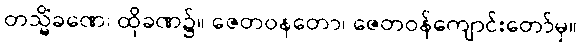
တသ္မိံခဏေ၊ ထိုခဏ၌။ ဇေတဝနတော၊ ဇေတဝန်ကျောင်းတော်မှ။